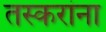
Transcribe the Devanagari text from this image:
तस्करांना